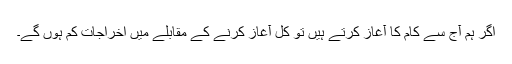
اگر ہم آج سے کام کا آغاز کرتے ہيں تو کل آغاز کرنے کے مقابلے ميں اخراجات کم ہوں گے۔